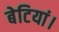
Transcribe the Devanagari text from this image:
बेटियां।